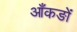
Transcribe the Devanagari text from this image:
आँकङों